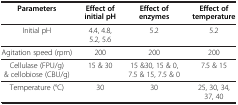
<table><thead><tr><td><b>Parameters</b></td><td><b>Effect of initial pH</b></td><td><b>Effect of enzymes</b></td><td><b>Effect of temperature</b></td></tr></thead><tbody><tr><td>Initial pH</td><td>4.4, 4.8,5.2, 5.6</td><td>5.2</td><td>5.2</td></tr><tr><td>Agitation speed (rpm)</td><td>200</td><td>200</td><td>200</td></tr><tr><td>Cellulase (FPU/g) &amp; cellobiose (CBU/g)</td><td>15 &amp; 30</td><td>15 &amp;30, 15 &amp; 0,7.5 &amp; 15, 7.5 &amp; 0</td><td>7.5 &amp; 15</td></tr><tr><td>Temperature (°C)</td><td>30</td><td>30</td><td>25, 30, 34,37, 40</td></tr></tbody></table>